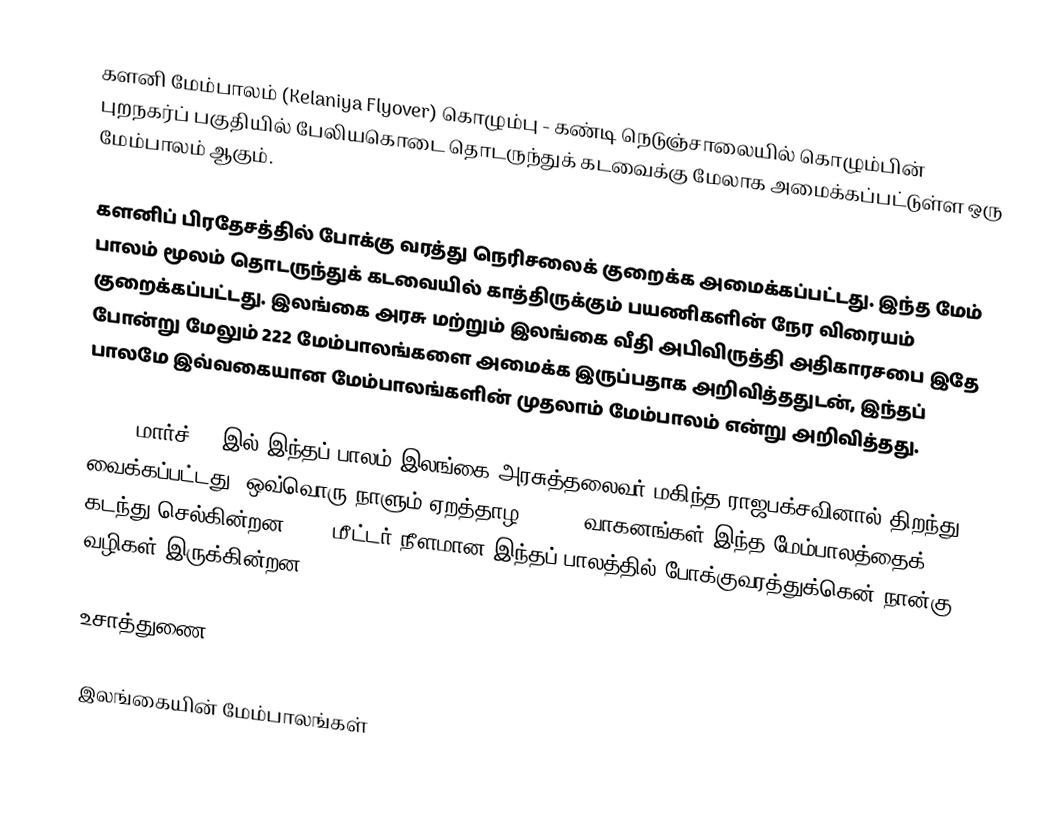
களனி மேம்பாலம் (Kelaniya Flyover) கொழும்பு - கண்டி நெடுஞ்சாலையில் கொழும்பின் புறநகர்ப் பகுதியில் பேலியகொடை தொடருந்துக் கடவைக்கு மேலாக அமைக்கப்பட்டுள்ள ஒரு மேம்பாலம் ஆகும்.

களனிப் பிரதேசத்தில் போக்கு வரத்து நெரிசலைக் குறைக்க அமைக்கப்பட்டது. இந்த மேம் பாலம் மூலம் தொடருந்துக் கடவையில் காத்திருக்கும் பயணிகளின் நேர விரையம் குறைக்கப்பட்டது. இலங்கை அரசு மற்றும் இலங்கை வீதி அபிவிருத்தி அதிகாரசபை இதே போன்று மேலும் 222 மேம்பாலங்களை அமைக்க இருப்பதாக அறிவித்ததுடன், இந்தப் பாலமே இவ்வகையான மேம்பாலங்களின் முதலாம் மேம்பாலம் என்று அறிவித்தது.

2008, மார்ச் 25 இல் இந்தப் பாலம் இலங்கை அரசுத்தலைவர் மகிந்த ராஜபக்சவினால் திறந்து வைக்கப்பட்டது. ஒவ்வொரு நாளும் ஏறத்தாழ 75,000 வாகனங்கள் இந்த மேம்பாலத்தைக் கடந்து செல்கின்றன. 325 மீட்டர் நீளமான இந்தப் பாலத்தில் போக்குவரத்துக்கென் நான்கு வழிகள் இருக்கின்றன.

உசாத்துணை

இலங்கையின் மேம்பாலங்கள்